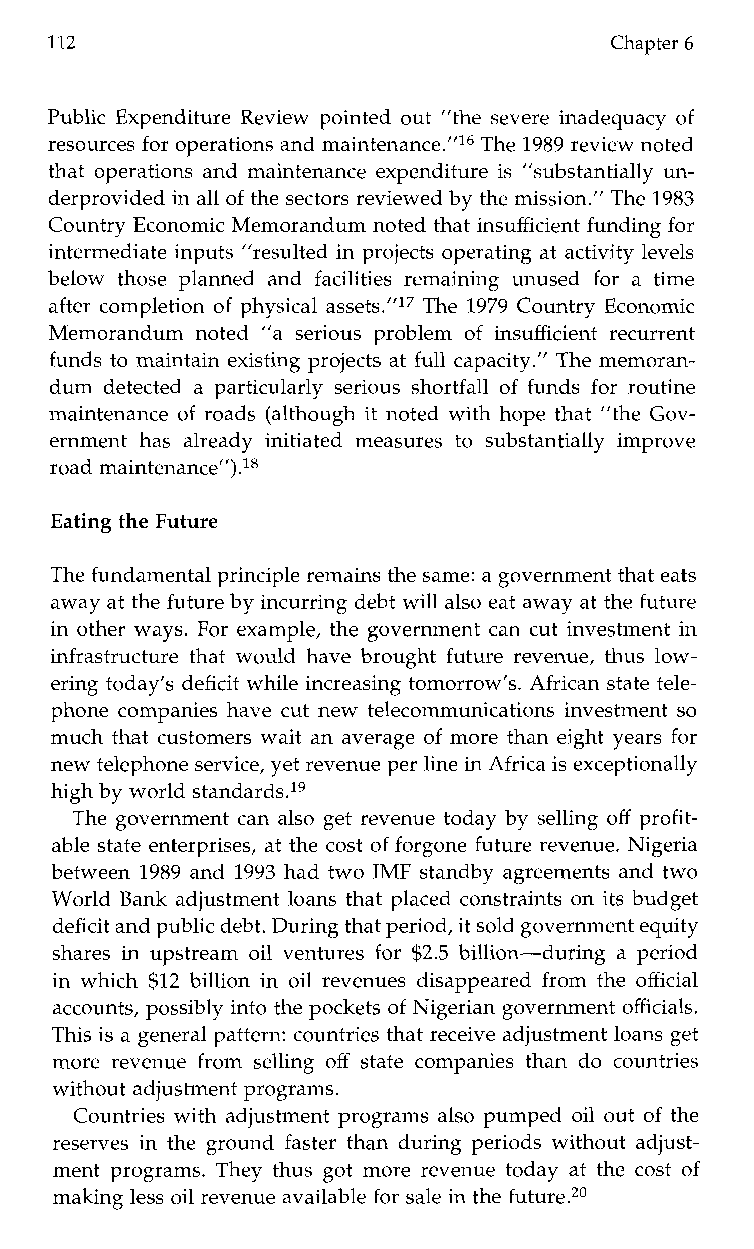
112                                  Chapter 6
 Public Expenditure Review pointed out “the severe inadequacy of
 resources for operations and maintenance.”16 The 1989 review noted
 that operations and maintenance expenditure is ”substantially un-
 derprovided in allo f the sectors reviewed by the mission.”T he 1983
 Country Economic Memorandum noted that insufficient funding for
 intermediate inputs “resulted in projects operating at activity levels
 below those planneda nd facilities remainingu nused for at ime
 after completion of physical assets.”17 The 1979 Country Economic
 Memorandumn oted ”a seriousp roblem of insufficient recurrent
 funds to maintain existing projects at full capacity.” The memoran-
 dum detected a particularly serious shortfall of funds for routine
 maintenance of roads (although it noted with hope that ”the Gov-
 ernmenth asa lreadyi nitiatedm easurest os ubstantiallyi mprove
 road maintenance”).l*
 Eating the Future
 The fundamental principle remains the same: a government that eats
 away at the future biyn curring debt will also eat away at the future
 in other ways. For example, the government can cut investment in
 infrastructure that would have brought future revenue, thus low-
 ering today’s deficit while increasing tomorrow’s. African state tele-
 phone companies have cut new telecommunications investment so
 much that customers wait an average of more than eight years for
 new telephone service, yet revenue per line in Africa is exceptionally
 high by world standards.19
 The government can also get revenue today by selling off profit-
 able state enterprises, at the cost of forgone future revenue. Nigeria
 between 1989 and 1993 had two IMF standby agreements and two
 World Bank adjustment loans that placed constraints on its budget
 deficit and public debt. During that periodit, sold government equity
 shares in upstream oil ventures for $2.5 billion-during a period
 in which $12 billion in oil revenues disappeared from the official
 accounts, possibly into the pocketso f Nigerian government officials.
 This is a general pattern: countries that receive adjustment loans get
 morer evenue from selling off statec ompaniest han do countries
 without adjustment programs.
 Countries with adjustment programs also pumped oil out of the
 reserves in the ground faster than during periods without adjust-
 ment programs. They thus got more revenue today at the cost of
 making less oil revenue available for sale in the future.20